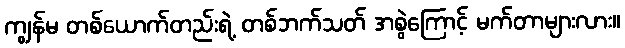
ကျွန်မ တစ်ယောက်တည်းရဲ့ တစ်ဘက်သတ် အစွဲကြောင့် မက်တာများလား။